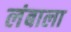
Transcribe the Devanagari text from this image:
लंबाला